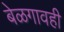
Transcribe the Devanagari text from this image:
बेळगावही